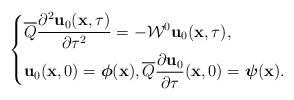
LaTeX: \begin{align*}\left\{\begin{aligned}& \overline{Q} \frac{\partial^2 \mathbf{u}_0 (\mathbf{x}, \tau)}{\partial \tau^2} = - \mathcal{W}^0 \mathbf{u}_0 (\mathbf{x}, \tau), \\& \mathbf{u}_0 (\mathbf{x}, 0) = \boldsymbol{\phi} (\mathbf{x}), \overline{Q}\frac{\partial \mathbf{u}_0 }{\partial \tau} (\mathbf{x}, 0) = \boldsymbol{\psi}(\mathbf{x}).\end{aligned}\right.\end{align*}